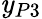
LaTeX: \mathit{y}_{P3}